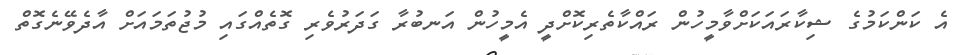
އެ ކަންކަމުގެ ޝިކާރައަކަށްވާމީހުން ރައްކާތެރިކޮށްދީ އެމީހުން އަނބުރާ ގަދަރުވެރި ގޮތެއްގައި މުޖުތަމައަށް އާދެވޭނެގޮތް